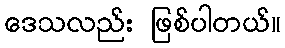
ဒေသလည်း ဖြစ်ပါတယ်။